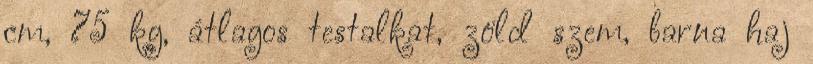
cm, 75 kg, átlagos testalkat, zöld szem, barna haj